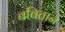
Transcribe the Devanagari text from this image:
बबिताने